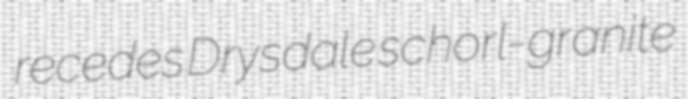
recedes Drysdale schorl-granite